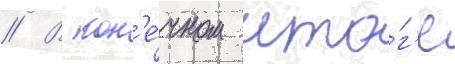
// В кон'е́чном ито́г'е